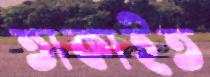
তাকাইত